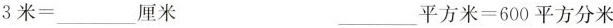
3米=___厘米 ___平方米=600平方分米